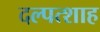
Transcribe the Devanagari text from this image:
दल्पत्शाह